Report on vaccination for the Province of Oudh 1871 -
Year: 1871
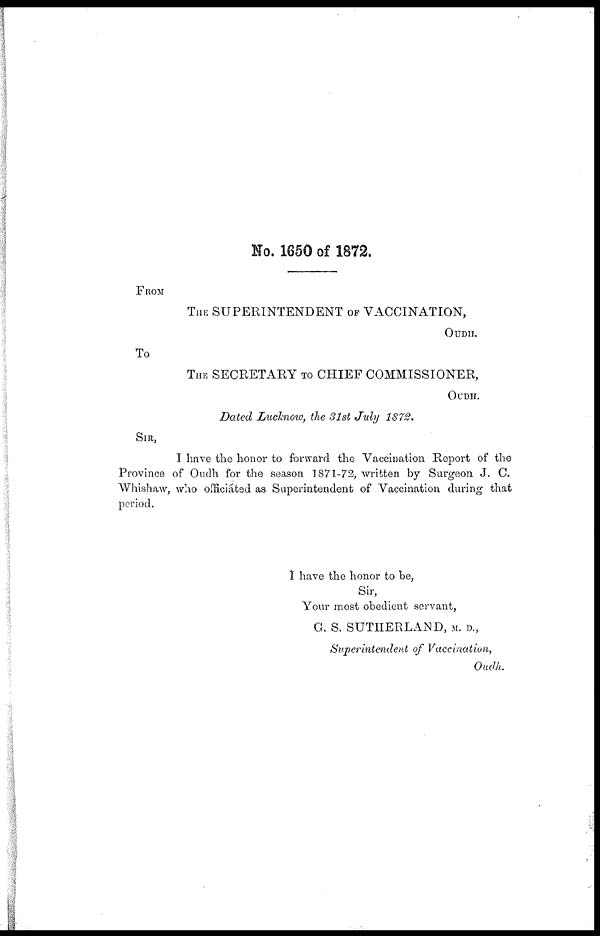
No. 1650 of 1872.
FROM
THE SUPERINTENDENT OF VACCINATION,
OUDH.
To
THE SECRETARY TO CHIEF COMMISSIONER,
OUDH.
Dated Lucknow, the 31st July 1872.
SIR,
I have the honor to forward the Vaccination Report of the
Province of Oudh for the season 1871-72, written by Surgeon J. C.
Whishaw, who officiated as Superintendent of Vaccination during that
period.
I have the honor to be,
Sir,
Your most obedient servant,
G. S. SUTHERLAND, M. D.,
Superintendent of Vaccination,
Oudh.